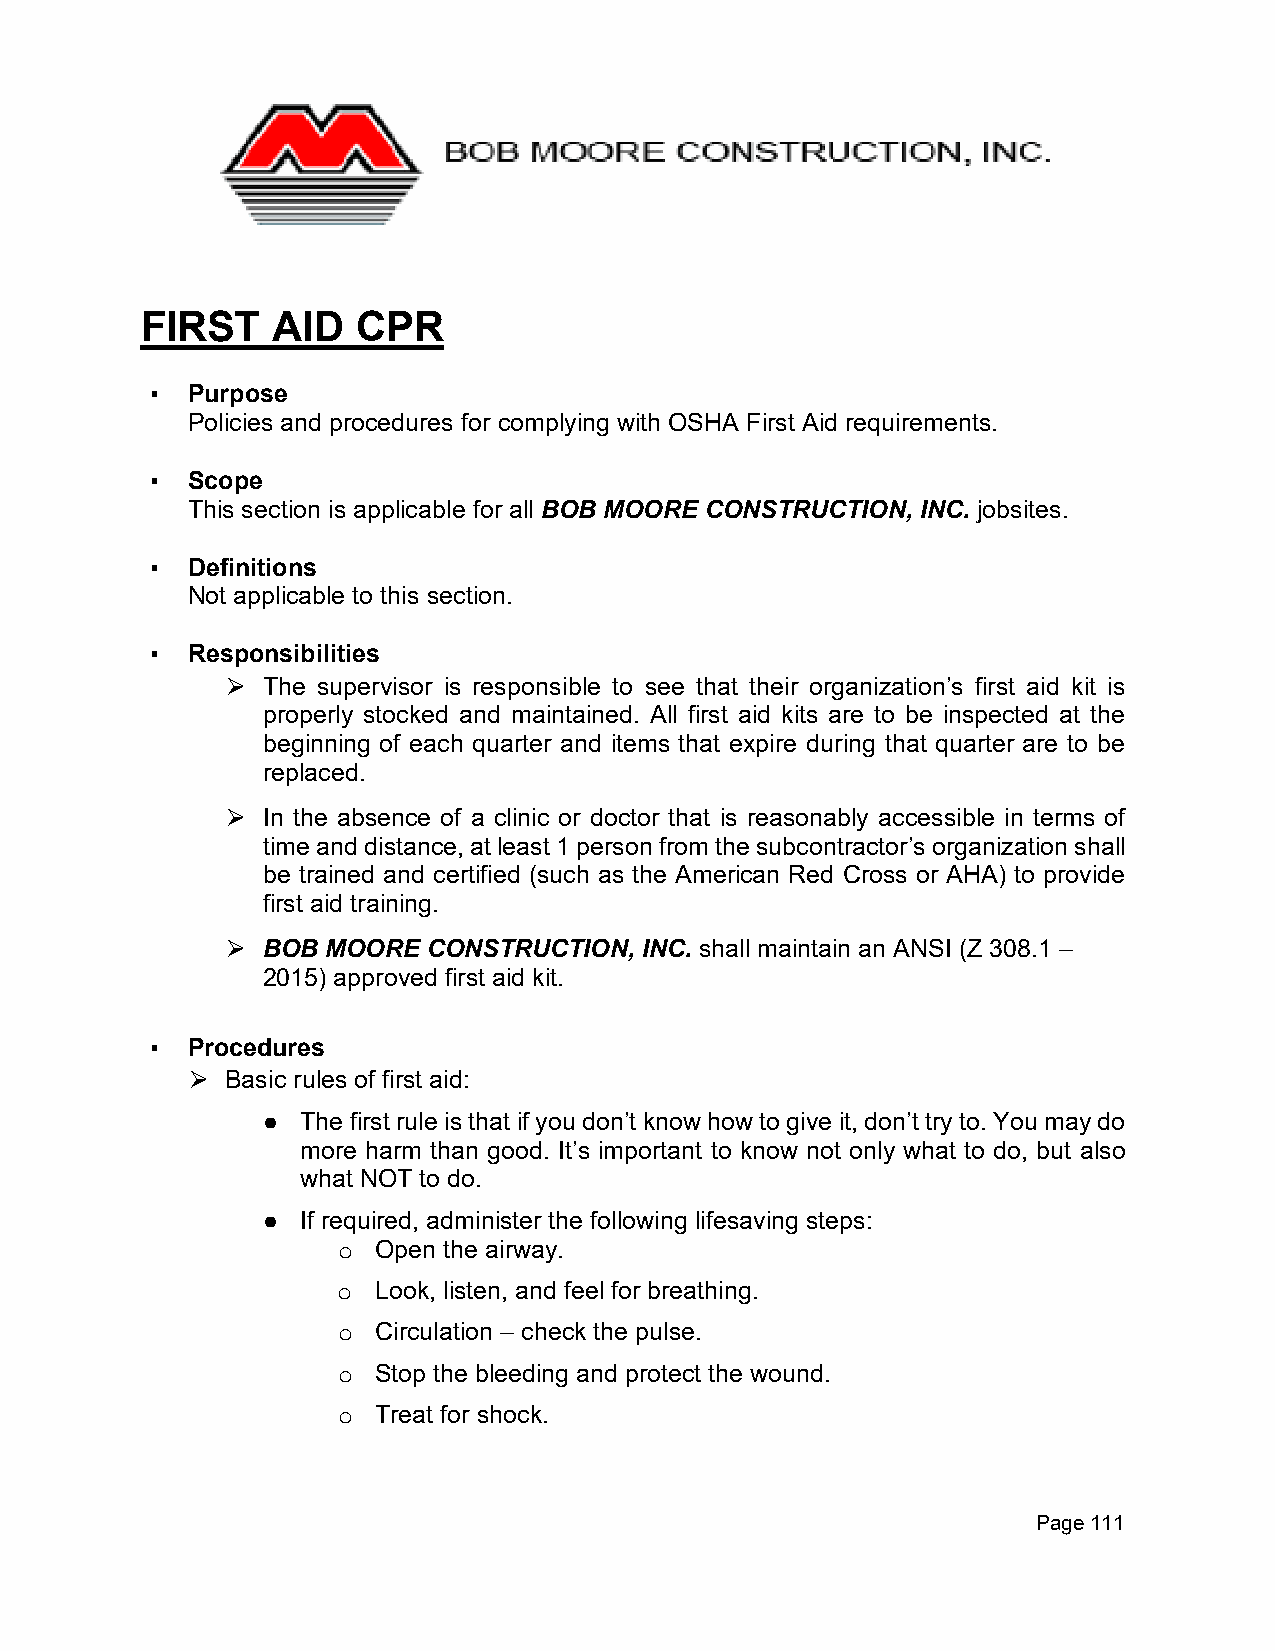
FIRST    AID   CPR
 ▪ Purpose
 Policies and procedures for complying with OSHA First Aid requirements.
 ▪ Scope
 This section is applicable for all BOB MOORE CONSTRUCTION, INC. jobsites.
 ▪ Definitions
 Not applicable to this section.
 ▪ Responsibilities
 The supervisor is responsible to see that their organization’s first aid kit is
 ⮚
 properly stocked and maintained. All first aid kits are to be inspected at the
 beginning of each quarter and items that expire during that quarter are to be
 replaced.
 In the absence of a clinic or doctor that is reasonably accessible in terms of
 ⮚
 time and distance, at least 1 person from the subcontractor’s organization shall
 be trained and certified (such as the American Red Cross or AHA) to provide
 first aid training.
 BOB  MOORE CONSTRUCTION, INC. shall maintain an ANSI (Z 308.1 –
 ⮚
 2015) approved first aid kit.
 ▪ Procedures
 Basic rules of first aid:
 ⮚
 ●  The first rule is that if you don’t know how to give it, don’t try to. You may do
 more harm than good. It’s important to know not only what to do, but also
 what NOT to do.
 ●  If required, administer the following lifesaving steps:
 Open the airway.
 o
 Look, listen, and feel for breathing.
 o
 Circulation – check the pulse.
 o
 Stop the bleeding and protect the wound.
 o
 Treat for shock.
 o
 Page 111